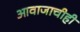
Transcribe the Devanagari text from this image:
आवाजाचीही